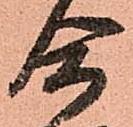
合